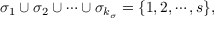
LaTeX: \sigma _ { 1 } \cup \sigma _ { 2 } \cup \cdots \cup \sigma _ { k _ { \sigma } } = \{ 1 , 2 , \cdots , s \} ,